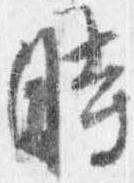
時